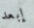
إبعد